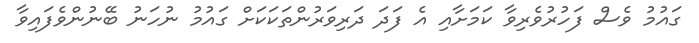
ގައުމު ވެސް ފަހުރުވެރިވާ ކަމަށާއި އެ ފަދަ ދަރިވަރުންތަކަކަށް ގައުމު ނުހަނު ބޭނުންވެފައިވާ